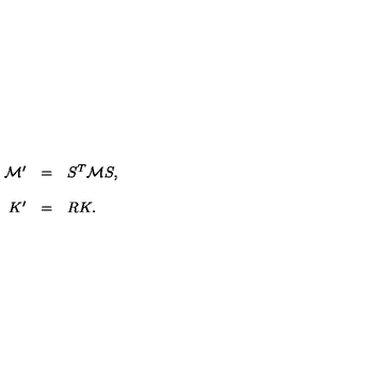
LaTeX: \begin{array} { r c l } { { \cal M } ^ { \prime } } & { = } & { S ^ { T } { \cal M } S , } \\ { } & { } & { } \\ { K ^ { \prime } } & { = } & { R K . } \\ \end{array}